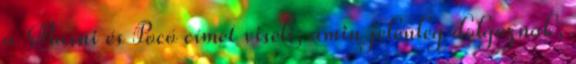
a Masni és Pocó címet viseli, amin jelenleg dolgoznak,